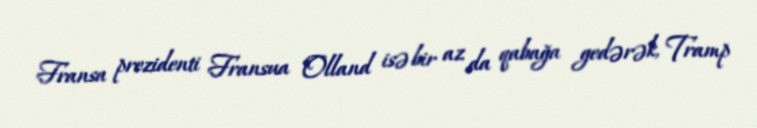
Fransa prezidenti Fransua Olland isə bir az da qabağa gedərək, Tramp